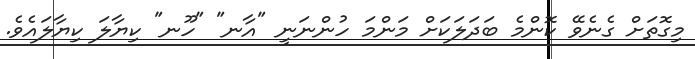
މިގޮތަށް ގެނެވޭ ކޮންމެ ބަދަލަކަށް މަންމަ ހުންނަނީ "އާނ" "ހޫނ" ކިޔާލަ ކިޔާލައެވެ.